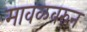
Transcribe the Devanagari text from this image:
मावळवरुन